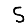
Digit: 5